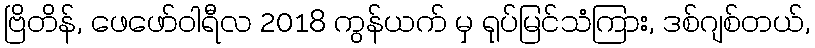
ဗြိတိန်, ဖေဖော်ဝါရီလ 2018 ကွန်ယက် မှ ရုပ်မြင်သံကြား, ဒစ်ဂျစ်တယ်,